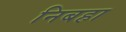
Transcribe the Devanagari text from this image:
निबहा